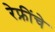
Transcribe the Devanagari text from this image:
रेफ्रींचे